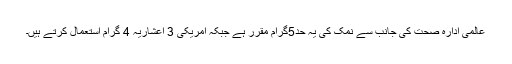
عالمی ادارہ صحت کی جانب سے نمک کی یہ حد5گرام مقرر ہے جبکہ امریکی 3 اعشاریہ 4 گرام استعمال کرتے ہیں۔